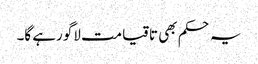
یہ حکم بھی تاقیامت لاگو رہے گا۔